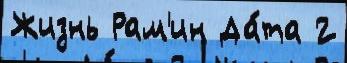
Жизнь Рам'ин Да́та 2